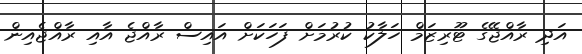
އަދި ރާއްޖޭގެ ޓޫރިޒަމް ހަލާކު ކުރުމަށް ފަހަކަށް އައިސް ރާއްޖެ އާއި ރާއްޖެއިން